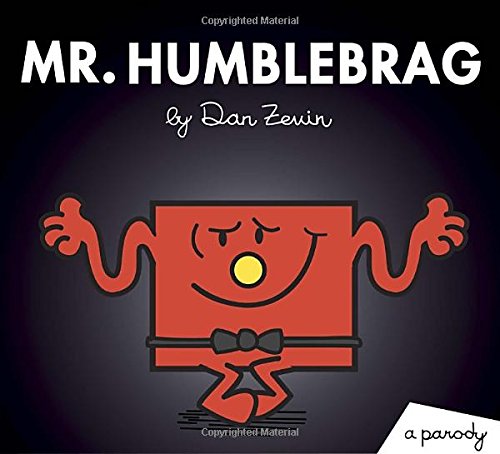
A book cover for Mr. Humblebrag: A Parody (Little Miss and Mr. ME ME ME); Dan Zevin; Humor & Entertainment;